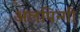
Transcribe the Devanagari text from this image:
अलपिन्गी